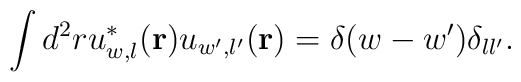
\displaystyle\int d^2 r u^*_{w,l} ({\bf r}) u_{w',l'} ({\bf r}) =\delta (w - w') \delta _{l l'}.